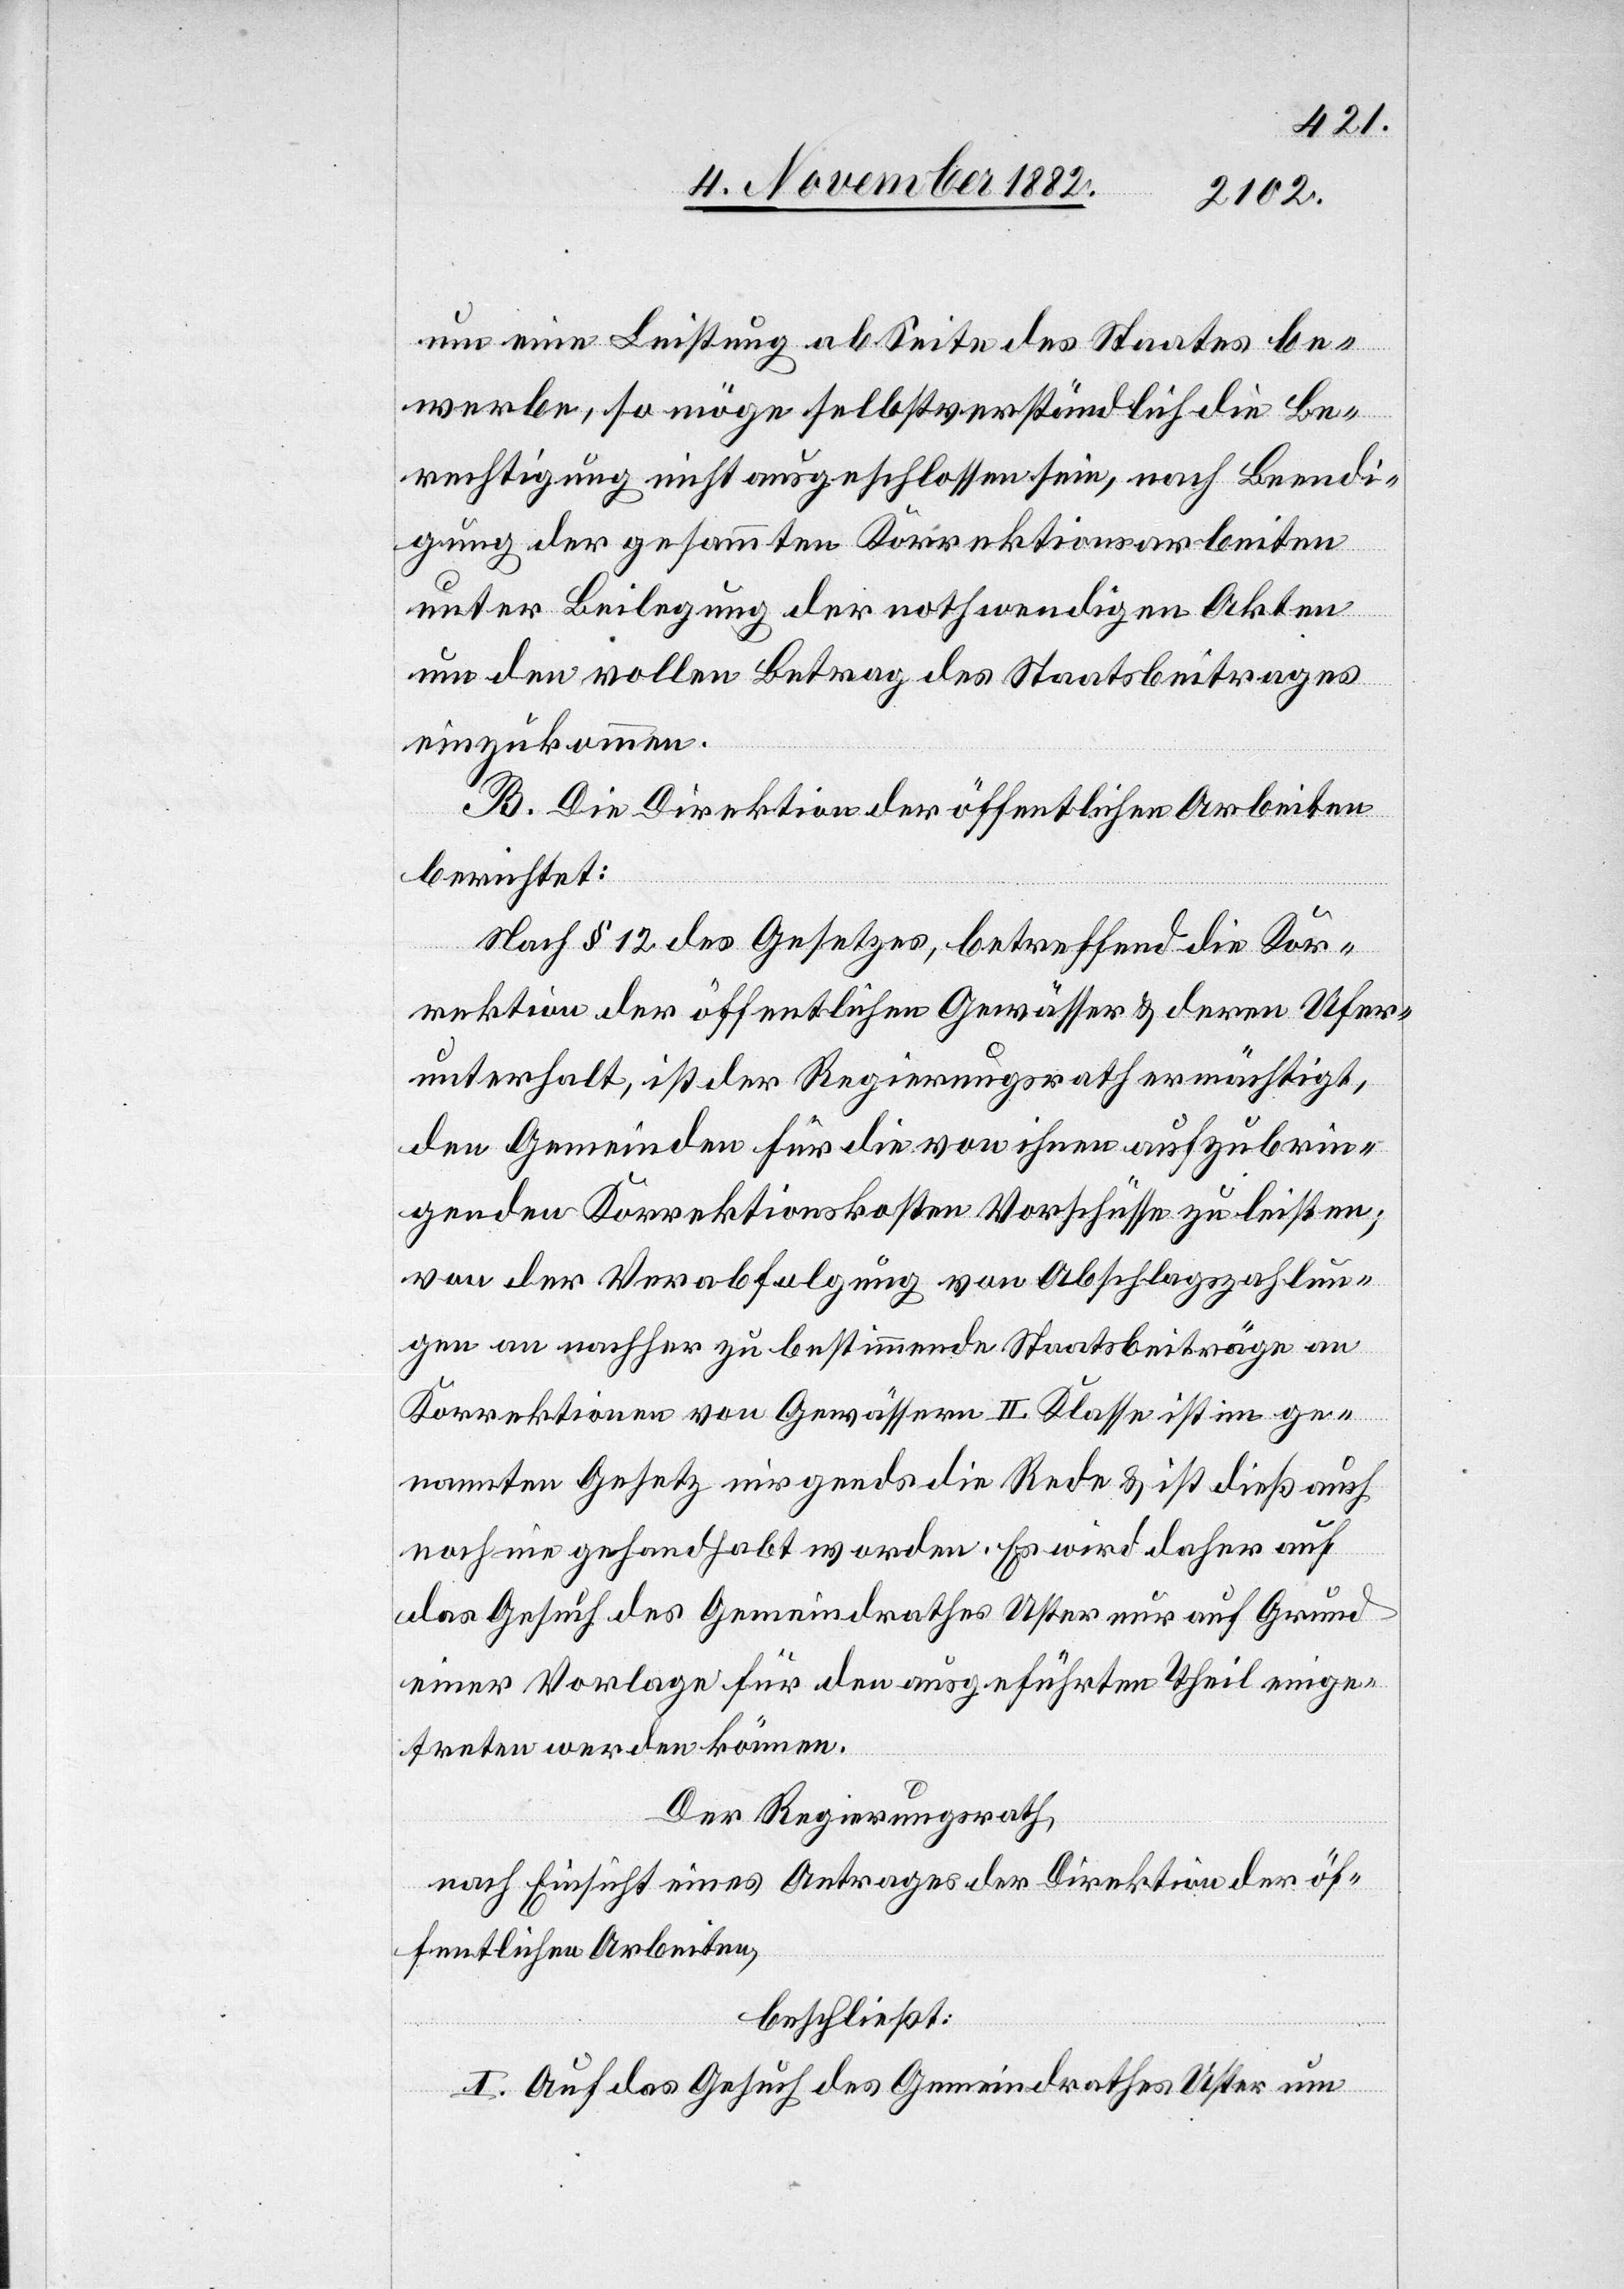
um eine Leistung ab Seite des Staates be¬
werbe, so möge selbstverständlich die Be¬
rechtigung nicht ausgeschlossen sein, nach Beendi¬
gung der gesammten Korrektionsarbeiten
unter Beilegung der nothwendigen Akten
um den vollen Betrag des Staatsbeitrages
einzukommen.
B. Die Direktion der öffentlichen Arbeiten
berichtet:
Nach § 12 des Gesetzes, betreffend die Kor¬
rektion der öffentlichen Gewässer & deren Ufer¬
unterhalt, ist der Regierungsrath ermächtigt,
den Gemeinden für die von ihnen aufzubrin¬
genden Korrektionskosten Vorschüsse zu leisten;
von der Verabfolgung von Abschlagszahlun¬
gen an nachher zu bestimmende Staatsbeiträge an
Korrektionen von Gewässern II. Klasse ist im ge¬
nannten Gesetz nirgends die Rede & ist dieß auch
noch nie gehandhabt worden. Es wird daher auf
das Gesuch des Gemeindrathes Uster nur auf Grund
einer Vorlage für den ausgeführten Theil einge¬
treten werden können.
Der Regierungsrath,
nach Einsicht eines Antrages der Direktion der öf¬
fentlichen Arbeiten,
beschließt:
I. Auf das Gesuch des Gemeindrathes Uster um